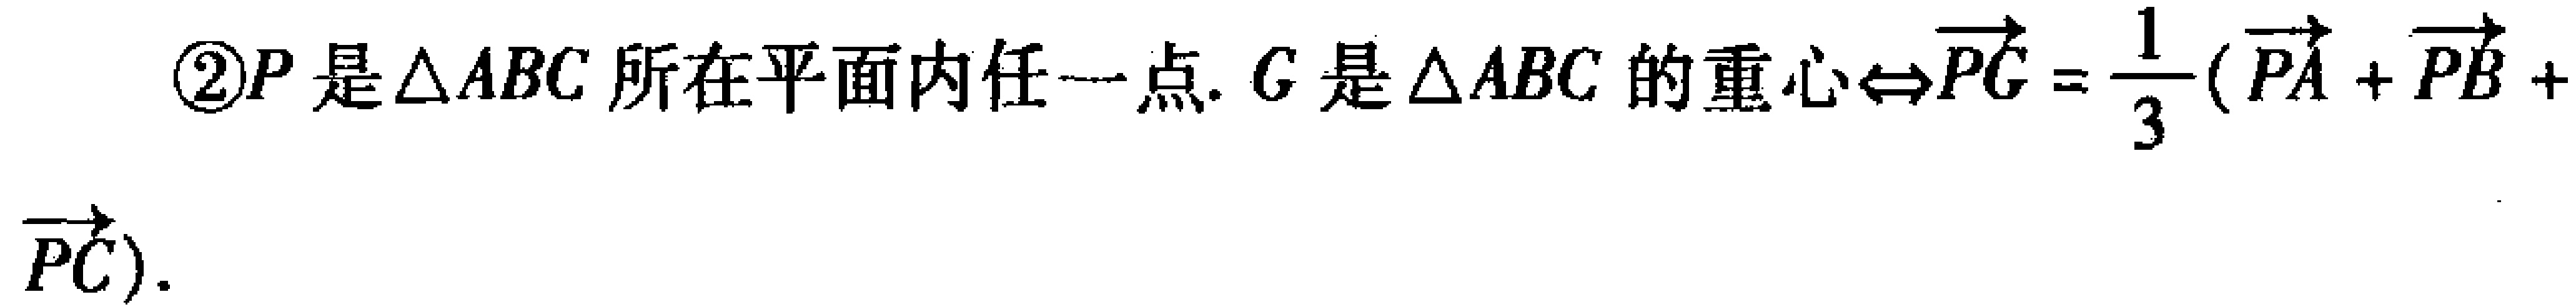
\textcircled{2}$P$是$\triangle ABC$所在平面内任一点.$G$是$\triangle ABC$的重心$\Leftrightarrow\overrightarrow{PG}=\frac{1}{3}(\overrightarrow{PA}+\overrightarrow{PB}+\overrightarrow{PC})$.